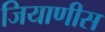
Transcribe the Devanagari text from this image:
जियाणीस